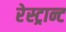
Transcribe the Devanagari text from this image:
रेस्ट्रान्ट